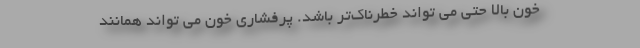
خون بالا حتی می تواند خطرناک‌تر باشد. پرفشاری خون می تواند همانند